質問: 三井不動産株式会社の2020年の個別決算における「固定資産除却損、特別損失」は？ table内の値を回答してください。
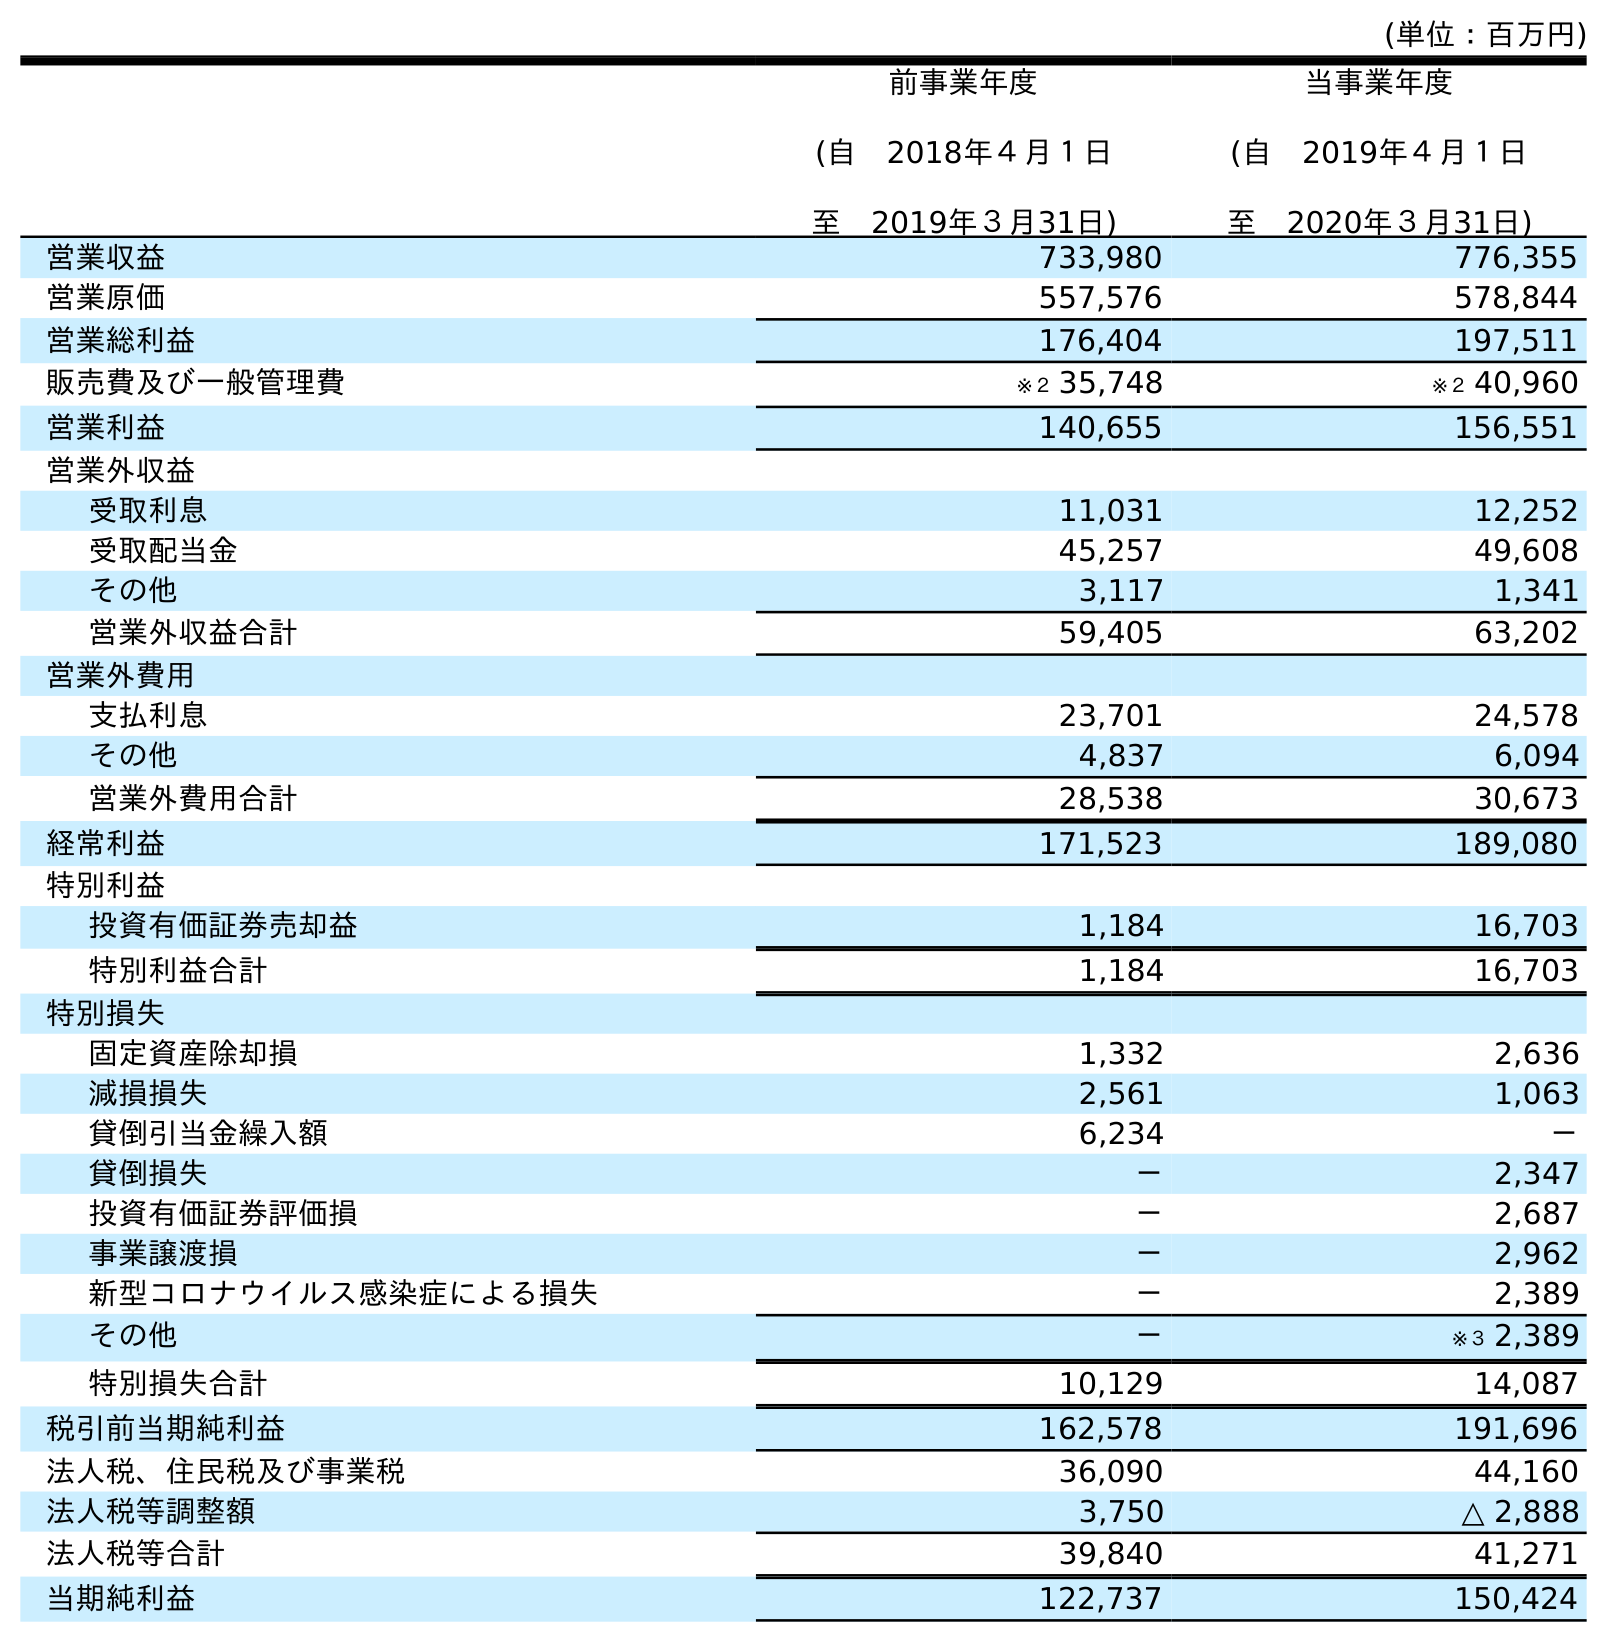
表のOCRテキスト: (単位：百万円) 前事業年度 (自 2018年４月１日 至 2019年３月31日) 当事業年度 (自 2019年４月１日 至 2020年３月31日) 営業収益 733,980 776,355 営業原価 557,576 578,844 営業総利益 176,404 197,511 販売費及び一般管理費 ※２ 35,748 ※２ 40,960 営業利益 140,655 156,551 営業外収益 受取利息 11,031 12,252 受取配当金 45,257 49,608 その他 3,117 1,341 営業外収益合計 59,405 63,202 営業外費用 支払利息 23,701 24,578 その他 4,837 6,094 営業外費用合計 28,538 30,673 経常利益 171,523 189,080 特別利益 投資有価証券売却益 1,184 16,703 特別利益合計 1,184 16,703 特別損失 固定資産除却損 1,332 2,636 減損損失 2,561 1,063 貸倒引当金繰入額 6,234 － 貸倒損失 － 2,347 投資有価証券評価損 － 2,687 事業譲渡損 － 2,962 新型コロナウイルス感染症による損失 － 2,389 その他 － ※３ 2,389 特別損失合計 10,129 14,087 税引前当期純利益 162,578 191,696 法人税、住民税及び事業税 36,090 44,160 法人税等調整額 3,750 △ 2,888 法人税等合計 39,840 41,271 当期純利益 122,737 150,424
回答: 2,636